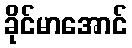
ခိုင်မာအောင်